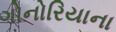
ગોનોરિયાના